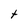
Character: t